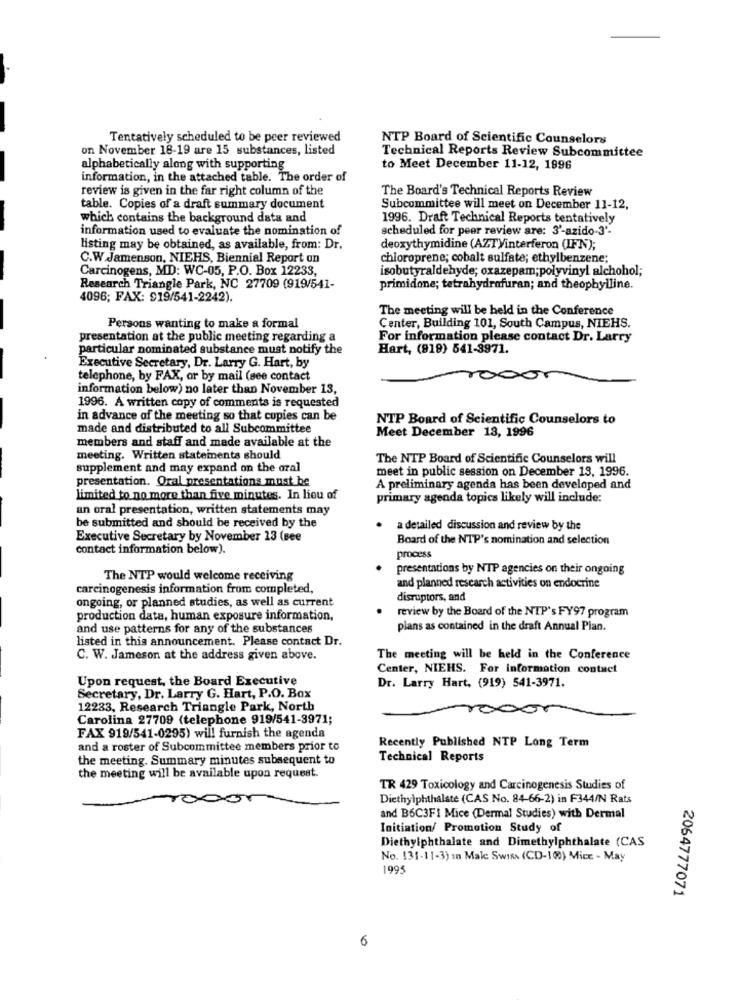
Tentatively scheduled to be peer reviewed
NTP Board of Scientific Counselors
on November 18-19 are 15 substances, listed
Technical Reports Review Subcommittee
alphabetically along with supporting
to Meet December 11-12, 1996
information, in the attached table. The order of
review is given in the far right column of the
The Board's Technical Reports Review
table. Copies of a draft summary document
Subcommittee will meet on December 11-12,
which contains the background data and
1996. Draft Technical Reports tentatively
information used to evaluate the nomination of
scheduled for peer review are: 3'-azido-3'-
listing may be obtained, as available, from: Dr.
deoxythymidine (AZT)interferon (IFN);
C.W.Jamenson, NIEHS, Biennial Report on
chioroprene; cobalt sulfate; ethylbenzene;
Carcinogens, MD: WC-05, P.O. Box 12233,
isobutyraldehyde; oxazepam;polyvinyl alchohol;
Research Triangle Park, NC 27709 (919/541-
primidone; tetrahydrofuran; and theophylline.
4096; FAX: 919/541-2242).
The meeting will be held in the Conference
Persons wanting to make a formal
Center, Building 101, South Campus, NIEHS.
presentation at the public meeting regarding a
For information please contact Dr. Larry
particular nominated substance must notify the
Hart, (919) 541-3971.
Executive Secretary, Dr. Larry G. Hart, by
telephone, by FAX, or by mail (see contact
information below) no later than November 13,
1996. A written copy of comments is requested
in advance of the meeting so that copies can be
NTP Board of Scientific Counselors to
made and distributed to all Subcommittee
Meet December 13, 1996
members and staff and made available at the
meeting. Written statements should
The NTP Board of Scientific Counselors will
supplement and may expand on the oral
meet in public session on December 13, 1996.
presentation. Oral presentations must be
A preliminary agenda has been developed and
limited to no more than five minutes. In lieu of
primary agenda topics likely will include:
an oral presentation, written statements may
be submitted and should be received by the
. a detailed discussion and review by the
Executive Secretary by November 13 (see
Board of the NTP's nomination and selection
contact information below).
process
presentations by NTP agencies on their ongoing
The NTP would welcome receiving
carcinogenesis information from completed,
and planned research activities on endocrine
ongoing, or planned studies, as well as current
disruptors, and
review by the Board of the NTP's FY97 program
production data, human exposure information,
and use patterns for any of the substances
plans as contained in the draft Annual Plan.
listed in this announcement. Please contact Dr.
C. W. Jameson at the address given above.
The meeting will be held in the Conference
Center, NIEHS. For information contact
Upon request, the Board Executive
Dr. Larry Hart, (919) 541-3971.
Secretary, Dr. Larry G. Hart, P.O. Box
12233, Research Triangle Park, North
Carolina 27709 (telephone 919/541-3971;
FAX 919/541-0295) will furnish the agenda
Recently Published NTP Long Term
and a roster of Subcommittee members prior to
the meeting. Summary minutes subsequent to
Technical Reports
the meeting will be available upon request.
TR 429 Toxicology and Carcinogenesis Studies of
Diethylphthalste (CAS No. 84-66-2) in F344/N Rats
and B6C3F1 Mice (Dermal Studies) with Dermal
Initiation/ Promotion Study of
Diethylphthalate and Dimethylphthalate (CAS
No. 131-11-3) in Male SwIA (CD-100) Mice - May
1995
2064777071
6